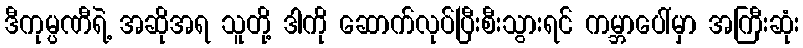
ဒီကုမ္ပဏီရဲ့ အဆိုအရ သူတို့ ဒါကို ဆောက်လုပ်ပြီးစီးသွားရင် ကမ္ဘာပေါ်မှာ အကြီးဆုံး